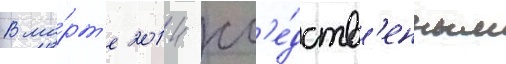
В ма́рт'е 2014 сл'е́дств'енным